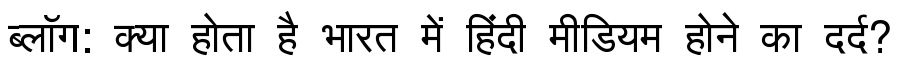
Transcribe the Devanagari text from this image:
ब्लॉग: क्या होता है भारत में हिंदी मीडियम होने का दर्द?